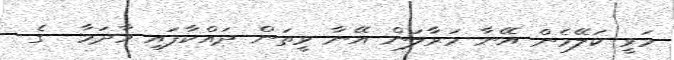
މަވީ ކަލޭމެން އޭނާ މަރާލަން އޭނާ ވީތަން ދައްކާފައި މާދަމާ  ގެ